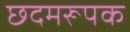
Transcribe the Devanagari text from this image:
छदमरूपक